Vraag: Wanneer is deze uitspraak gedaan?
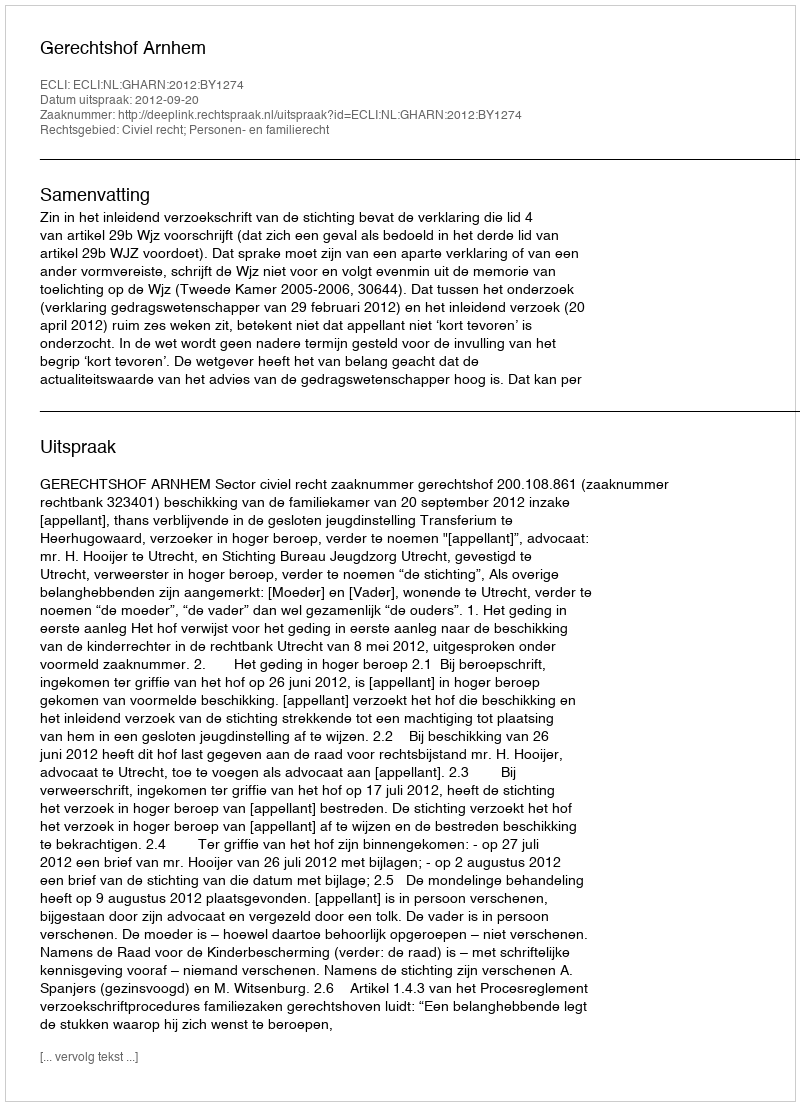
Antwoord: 2012-09-20